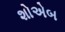
શોએબ